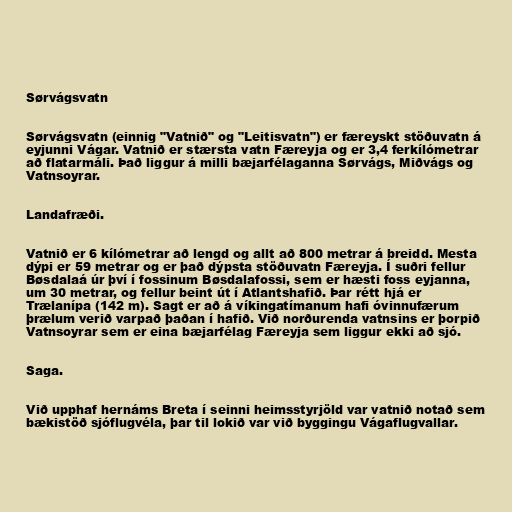
Sørvágsvatn

Sørvágsvatn (einnig "Vatnið" og "Leitisvatn") er færeyskt stöðuvatn á
eyjunni Vágar. Vatnið er stærsta vatn Færeyja og er 3,4 ferkílómetrar
að flatarmáli. Það liggur á milli bæjarfélaganna Sørvágs, Miðvágs og
Vatnsoyrar.

Landafræði.

Vatnið er 6 kílómetrar að lengd og allt að 800 metrar á breidd. Mesta
dýpi er 59 metrar og er það dýpsta stöðuvatn Færeyja. Í suðri fellur
Bøsdalaá úr því í fossinum Bøsdalafossi, sem er hæsti foss eyjanna,
um 30 metrar, og fellur beint út í Atlantshafið. Þar rétt hjá er
Trælanípa (142 m). Sagt er að á víkingatímanum hafi óvinnufærum
þrælum verið varpað þaðan í hafið. Við norðurenda vatnsins er þorpið
Vatnsoyrar sem er eina bæjarfélag Færeyja sem liggur ekki að sjó.

Saga.

Við upphaf hernáms Breta í seinni heimsstyrjöld var vatnið notað sem
bækistöð sjóflugvéla, þar til lokið var við byggingu Vágaflugvallar.